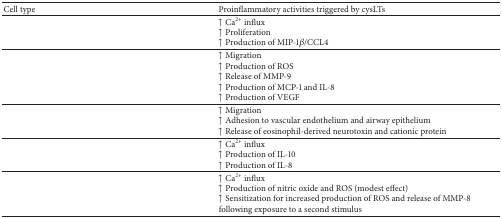
<table><thead><tr><td><b>Cell type</b></td><td><b>Proinflammatory activities triggered by cysLTs</b></td></tr></thead><tbody><tr><td>[EMPTY_CELL]</td><td>↑ Ca<sup>2+</sup> influx↑ Proliferation↑ Production of MIP-1<i>β</i>/CCL4</td></tr><tr><td>[EMPTY_CELL]</td><td>↑ Migration↑ Production of ROS↑ Release of MMP-9↑ Production of MCP-1 and IL-8↑ Production of VEGF</td></tr><tr><td>[EMPTY_CELL]</td><td>↑ Migration↑ Adhesion to vascular endothelium and airway epithelium↑ Release of eosinophil-derived neurotoxin and cationic protein</td></tr><tr><td>[EMPTY_CELL]</td><td>↑ Ca<sup>2+</sup> influx↑ Production of IL-10↑ Production of IL-8</td></tr><tr><td>[EMPTY_CELL]</td><td>↑ Ca<sup>2+</sup> influx↑ Production of nitric oxide and ROS (modest effect)↑ Sensitization for increased production of ROS and release of MMP-8 following exposure to a second stimulus</td></tr></tbody></table>